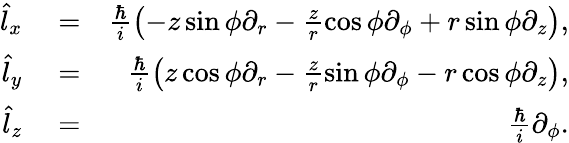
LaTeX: \begin{array}{rlr}{\hat{l}_{x}}&{{}=}&{\frac{\hbar}{i}\left(-z\sin\phi\partial_{r}-\frac{z}{r}\cos\phi\partial_{\phi}+r\sin\phi\partial_{z}\right),}\\ {\hat{l}_{y}}&{{}=}&{\frac{\hbar}{i}\left(z\cos\phi\partial_{r}-\frac{z}{r}\sin\phi\partial_{\phi}-r\cos\phi\partial_{z}\right),}\\ {\hat{l}_{z}}&{{}=}&{\frac{\hbar}{i}\partial_{\phi}.}\end{array}